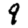
Digit: 9